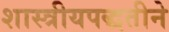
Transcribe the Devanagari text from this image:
शास्त्रीयपद्धतीने